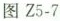
图Z5-7